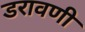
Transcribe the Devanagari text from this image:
डरावणी